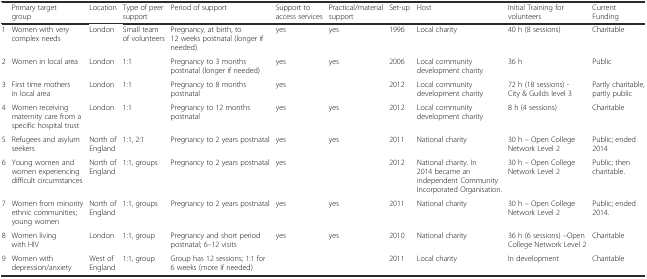
|  | Primary target group | Location | Type of peer support | Period of support | Support to access services | Practical/material support | Set-up | Host | Initial Training for volunteers | Current Funding |
 | --- | --- | --- | --- | --- | --- | --- | --- | --- | --- | --- |
 | 1 | Women with very complex needs | London | Small team of volunteers | Pregnancy, at birth, to 12 weeks postnatal (longer if needed) | yes | yes | 1996 | Local charity | 40 h (8 sessions) | Charitable |
 | 2 | Women in local area | London | 1:1 | Pregnancy to 3 months postnatal (longer if needed) | yes | yes | 2006 | Local community development charity | 36 h | Public |
 | 3 | First time mothers in local area | London | 1:1 | Pregnancy to 8 months postnatal | yes |  | 2012 | Local community development charity | 72 h (18 sessions) - City & Guilds level 3 | Partly charitable, partly public |
 | 4 | Women receiving maternity care from a specific hospital trust | London | 1:1 | Pregnancy to 12 months postnatal | yes | yes | 2012 | Local community development charity | 8 h (4 sessions) | Charitable |
 | 5 | Refugees and asylum seekers | North of England | 1:1, 2:1 | Pregnancy to 2 years postnatal | yes | yes | 2011 | National charity | 30 h – Open College Network Level 2 | Public; ended 2014 |
 | 6 | Young women and women experiencing difficult circumstances | North of England | 1:1, groups | Pregnancy to 2 years postnatal | yes |  | 2012 | National charity. In 2014 became an independent Community Incorporated Organisation. | 30 h – Open College Network Level 2 | Public; then charitable. |
 | 7 | Women from minority ethnic communities; young women | North of England | 1:1, groups | Pregnancy to 2 years postnatal | yes | yes | 2011 | National charity | 30 h – Open College Network Level 2 | Public; ended 2014. |
 | 8 | Women living with HIV | London | 1:1, group | Pregnancy and short period postnatal; 6–12 visits | yes | yes | 2010 | National charity | 36 h (6 sessions) –Open College Network Level 2 | Charitable |
 | 9 | Women with depression/anxiety | West of England | 1:1, group | Group has 12 sessions; 1:1 for 6 weeks (more if needed) |  |  | 2011 | Local charity | In development | Charitable |